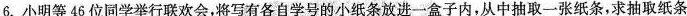
6.小明等46位同学举行联欢会，将写有各自学号的小纸条放进一盒子内，从中抽取一张纸条，求抽取纸条